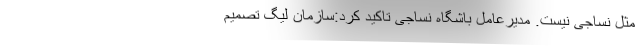
مثل نساجی نیست. مدیرعامل باشگاه نساجی تاکید کرد:سازمان لیگ تصمیم